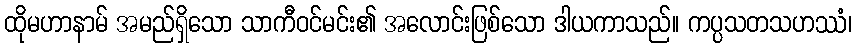
ထိုမဟာနာမ် အမည်ရှိသော သာကီဝင်မင်း၏ အလောင်းဖြစ်သော ဒါယကာသည်။ ကပ္ပသတသဟဿံ၊